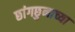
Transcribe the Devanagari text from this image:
छांगछुनाच्या